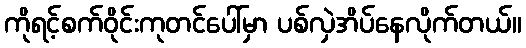
ကိုရင့်စက်ဝိုင်းကုတင်ပေါ်မှာ ပစ်လှဲအိပ်နေလိုက်တယ်။